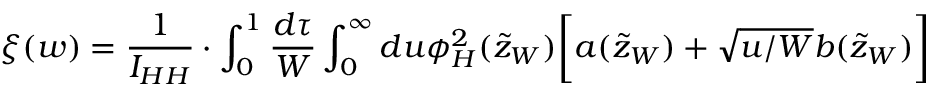
\xi ( w ) = \frac { 1 } { I _ { H H } } \cdot \int _ { 0 } ^ { 1 } \frac { d \tau } { W } \int _ { 0 } ^ { \infty } d u \phi _ { H } ^ { 2 } ( \tilde { z } _ { W } ) \biggl [ a ( \tilde { z } _ { W } ) + \sqrt { u / W } b ( \tilde { z } _ { W } ) \biggr ]